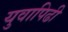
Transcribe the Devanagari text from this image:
युवापिढी